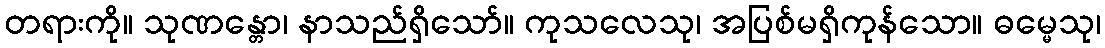
တရားကို။ သုဏန္တော၊ နာသည်ရှိသော်။ ကုသလေသု၊ အပြစ်မရှိကုန်သော။ ဓမ္မေသု၊